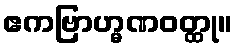
ဧကဗြာဟ္မဏဝတ္ထု။